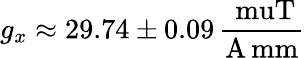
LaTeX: g_{x}\approx 29.74\pm 0.09\, \frac{\mathrm{\ muT}}{{\mathrm{A\, mm}}}